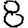
Digit: 8